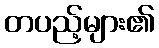
တပည့်များ၏